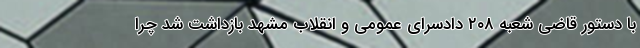
با دستور قاضی شعبه ۲۰۸ دادسرای عمومی و انقلاب مشهد بازداشت شد چرا